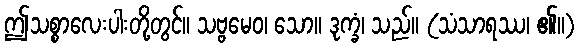
ဤသစ္စာလေးပါးတို့တွင်။ သဗ္ဗမေဝ၊ သော။ ဒုက္ခံ၊ သည်။ (သံသာရဿ၊ ၏။)